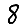
Digit: 8